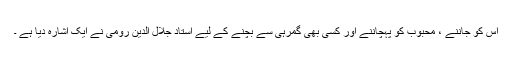
اِس کو جاننے ، محبوب کو پہچاننے اور کسی بھی گمرہی سے بچنے کے لیے استاد جلال الدین رومی نے ایک اشارہ دیا ہے ۔